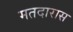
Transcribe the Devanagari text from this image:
मतदारास